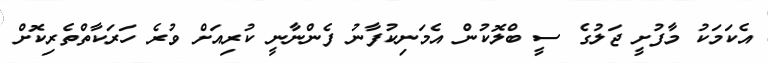
އެކަމަކު މާފުށީ ޖަލުގެ ސީ ބްލޮކުން އެމަނިކުފާނު ފެންނާނީ ކުރިއަށް ވުރެ ހަރަކާތްތެރިކޮށް